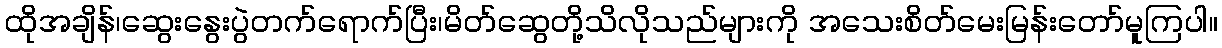
ထိုအချိန်၊ဆွေးနွေးပွဲတက်ရောက်ပြီး၊မိတ်ဆွေတို့သိလိုသည်များကို အသေးစိတ်မေးမြန်းတော်မူကြပါ။